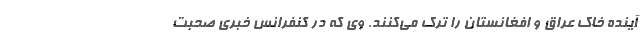
آینده خاک عراق و افغانستان را ترک می‌کنند. وی که در کنفرانس خبری صحبت